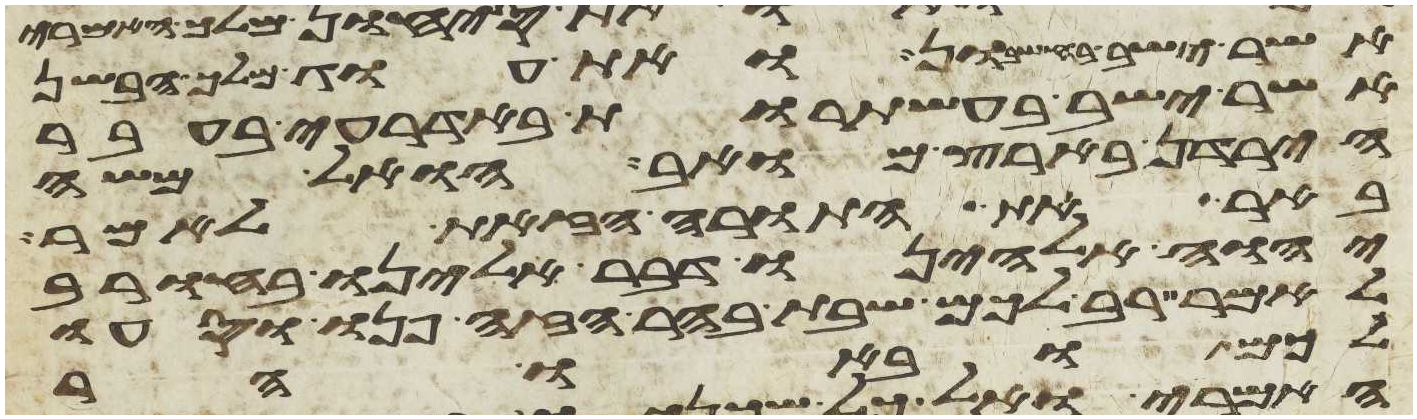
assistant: אשר ישב בחשבון ואת עוג מלך הבשן
אשר ישב בעשתרות באדרעי בעבר
הירדן בארץ מואב הואל משה
באר את התורה הזאת לאמר
יהוה אלהינו דבר אלינו בחורב
לאמר רב לכם שבת בהר הזה פנו וסעו
לכם ובאו הר